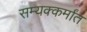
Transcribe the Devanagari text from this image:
सम्यक्कर्मांत